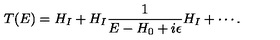
T ( E ) = H _ { I } + H _ { I } \frac { 1 } { E - H _ { 0 } + i \epsilon } H _ { I } + \cdots .